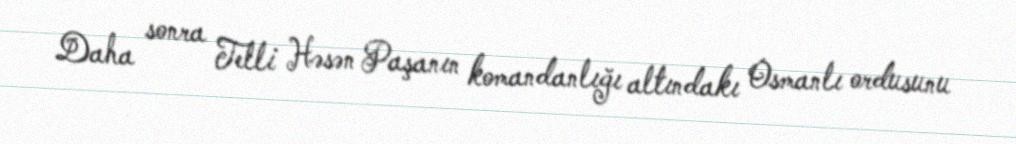
Daha sonra Telli Həsən Paşanın komandanlığı altındakı Osmanlı ordusunu